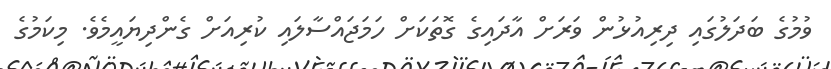
ވުމުގެ ބަދަލުގައި ދިރިއުޅުން ވަރަށް އާދައިގެ ގޮތަކަށް ހަމަޖައްސާލައި ކުރިއަށް ގެންދިޔައީމެވެ. މިކަމުގެ